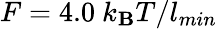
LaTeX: F=4.0~k_{\mathbf{B}}T/l_{min}